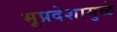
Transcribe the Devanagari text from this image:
भूप्रदेशामुळे